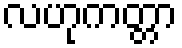
လဟုကတ္တာ